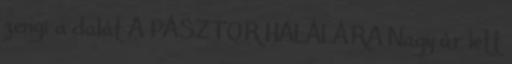
zengi a dalát A PÁSZTOR HALÁLÁRA Nagy úr lett